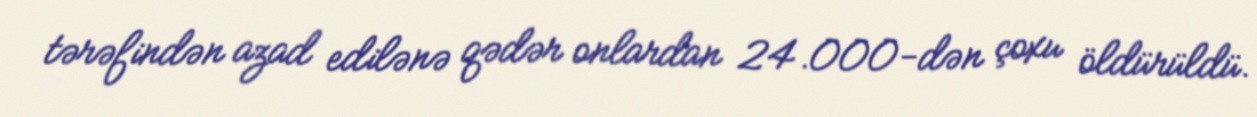
tərəfindən azad edilənə qədər onlardan 24.000-dən çoxu öldürüldü.